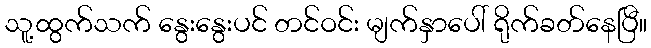
သူ့ထွက်သက် နွေးနွေးပင် တင်ဝင်း မျက်နှာပေါ် ရိုက်ခတ်နေပြီ။